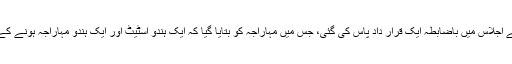
مئی 1947کو ہندو مہا سبھا کی ورکنگ کمیٹی کے جموں میں ہوئے اجلاس میں باضابطہ ایک قرار داد پاس کی گئی، جس میں مہاراجہ کو بتایا گیا کہ ایک ہندو اسٹیٹ اور ایک ہندو مہاراجہ ہونے کے ناطے اس کو سیکولر انڈیا میں اپنی شناخت ضم نہیں کرنی چاہئے۔